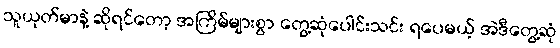
သူယုတ်မာနဲ့ ဆိုရင်တော့ အကြိမ်များစွာ တွေ့ဆုံပေါင်းသင်း ရပေမယ့် အဲဒီတွေ့ဆုံ